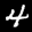
Label: 4